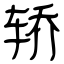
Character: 轿